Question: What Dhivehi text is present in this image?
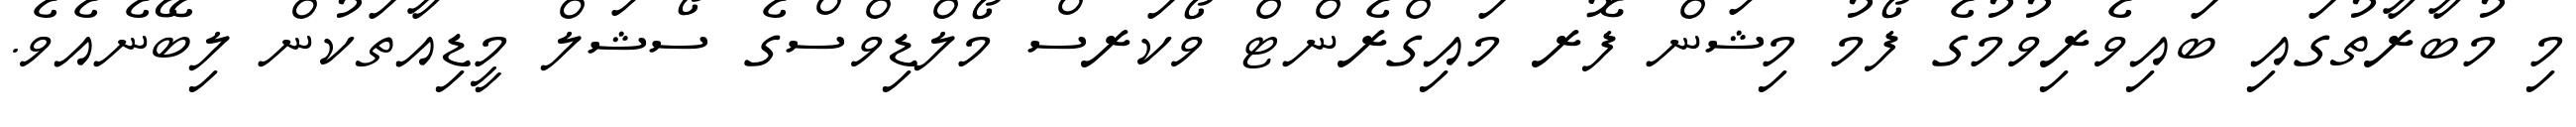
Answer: މި މުބާރާތުގައި ބައިވެރިވުމުގެ ފޯމު މިޝަން ފޮރ މައިގްރެންޓް ވޯކަރސް މޯލްޑިވްސްގެ ސޯޝަލް މީޑިއާތަކުން ލިބޭނެއެވެ.